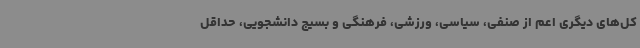
کل‌های دیگری اعم از صنفی، سیاسی، ورزشی، فرهنگی و بسیج دانشجویی، حداقل